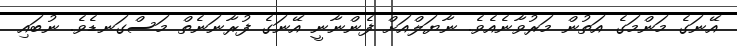
އޭނަގެ މަންމަގެ އަތުން މަރުވާނެއެވެ. ނާޔަލްއަށް ފެންނާނީ އޭނަގެ ފުރާނަނެތް މަސްގަނޑެވެ. ނުބައި